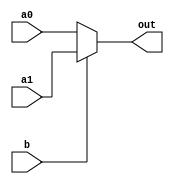
/*
   This file was generated automatically by Alchitry Labs version 1.2.1.
   Do not edit this file directly. Instead edit the original Lucid source.
   This is a temporary file and any changes made to it will be destroyed.
*/

module mux_two_26 (
    input a0,
    input a1,
    input b,
    output reg out
  );
  
  
  
  always @* begin
    if (b == 1'h0) begin
      out = a0;
    end else begin
      out = a1;
    end
  end
endmodule